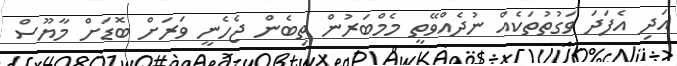
އަދި އެފަދަ ވަގުތުތަކެއް ނުދެއްވޭތީ މެމްބަރުން ތިބެން ޖެހެނީ ވަރަށް ބޮޑަށް މާޔޫސް